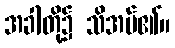
အခါတို့၌ သိအပ်၏။